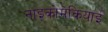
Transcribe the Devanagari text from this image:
नाइकोमेकियाई